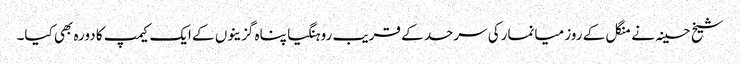
شیخ حسینہ نے منگل کے روز میانمارکی سرحد کے قریب روہنگیا پناہ گزینوں کے ایک کیمپ کا دورہ بھی کیا۔